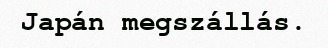
Japán megszállás.